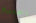
الضفدع